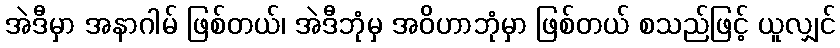
အဲဒီမှာ အနာဂါမ် ဖြစ်တယ်၊ အဲဒီဘုံမှ အဝိဟာဘုံမှာ ဖြစ်တယ် စသည်ဖြင့် ယူလျှင်